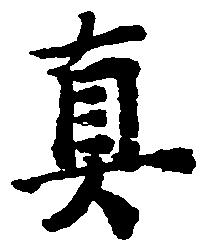
真